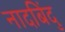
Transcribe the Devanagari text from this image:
नादबिंदु